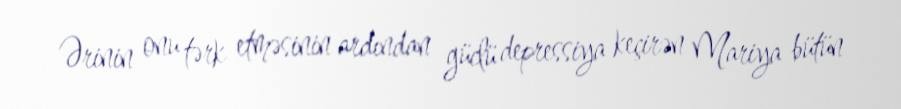
Ərinin onu tərk etməsinin ardından güclü depressiya keçirən Mariya bütün